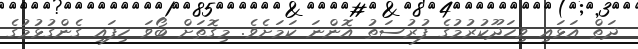
ދަތް އަޅައި ވިހަދޫކުރުމުގެ ފުރުސަތު އޮންނަ ކަމަށެވެ. މިގޮތަށް ބޯވަ ހިފައި ގެންގުޅުމުގެ